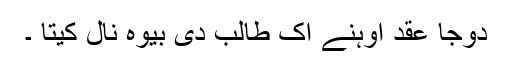
دوجا عقد اوہنے اک طالب دی بیوہ نال کیتا ۔